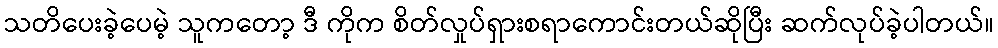
သတိပေးခဲ့ပေမဲ့ သူကတော့ ဒီ ကိုက စိတ်လှုပ်ရှားစရာကောင်းတယ်ဆိုပြီး ဆက်လုပ်ခဲ့ပါတယ်။